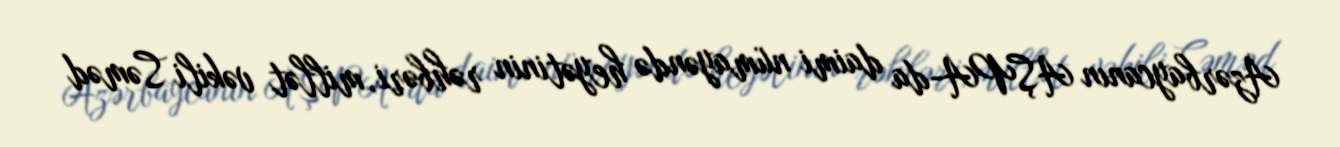
Azərbaycanın AŞPA-da daimi nümayəndə heyətinin rəhbəri, millət vəkili Səməd